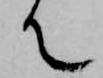
て